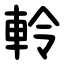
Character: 軨